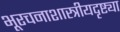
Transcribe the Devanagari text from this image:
भूरचनाशास्त्रीयदृष्ट्या